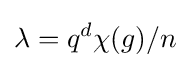
\lambda =q^{d}\chi (g)/n